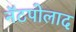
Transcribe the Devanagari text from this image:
नॅटपोलाद